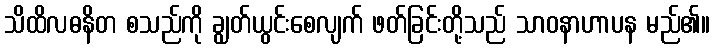
သိထိလဓနိတ စသည်ကို ချွတ်ယွင်းစေလျက် ဖတ်ခြင်းတို့သည် သာဝနာဟာပန မည်၏။